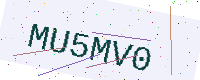
Text: MU5MV0